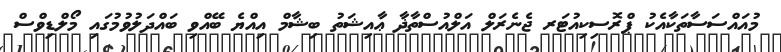
މުއައްސަސާތަކާއެކު ޕްރޮސިކިއުޓަރ ޖެނެރަލް އަލްއުސްތާޛާ ޢާއިޝަތު ބިޝާމް އިއްޔެ ބޭއްވި ބައްދަލުވުމުގައި މޯލްޑިވްސް